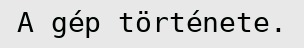
A gép története.